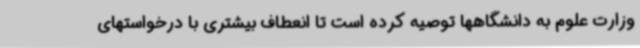
وزارت علوم به دانشگاهها توصیه کرده است تا انعطاف بیشتری با درخواستهای